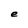
Character: e